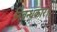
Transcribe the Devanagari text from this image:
निबन्धकार।